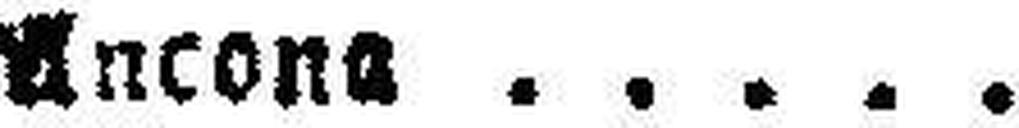
###ncona